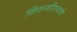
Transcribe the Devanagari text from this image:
शिवाजीराजाचे